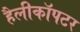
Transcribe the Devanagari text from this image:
हैलीकाॅपटर